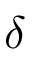
\delta